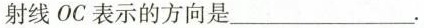
射线OC表示的方向是___.